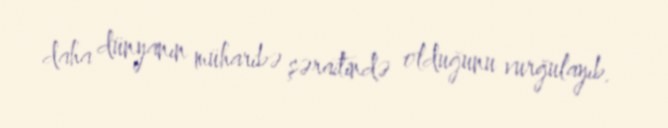
daha dünyanın müharibə şəraitində olduğunu vurğulayıb.